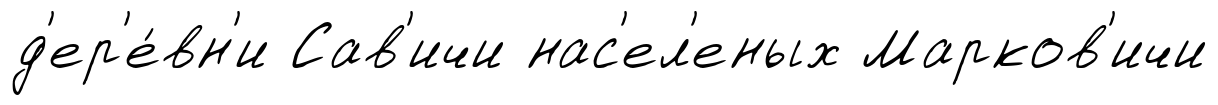
д'ер'е́вн'и Сав'ичи нас'ел'еных Марков'ичи